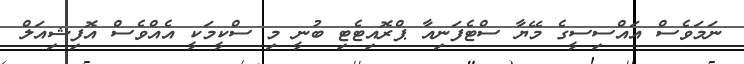
ނަމަވެސް އައްސިސީގެ މޭޔާ ސްޓެފަނިއާ ޕްރޮއިޓެޓި ބުނީ މި ސްކީމަކީ އެއްވެސް އޮފިޝިއަލް